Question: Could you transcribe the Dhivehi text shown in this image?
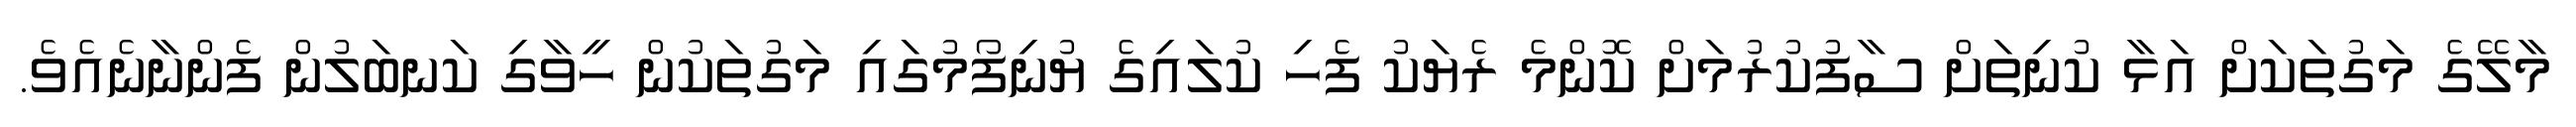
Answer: މާލޭގެ މަގުތަކަށް އަޅާ ކުނިތަށް ސާފުކުރުމަށް ކޮންމެ ރެޔަކު ފެހި ކުލައިގެ ޔުނިފޯމުގައި މަގުތަކުން ހީވާގި ކަނބަލުން ފެންނާނެއެވެ.